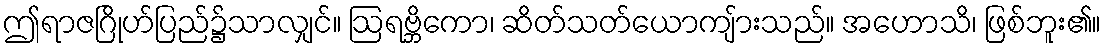
ဤရာဇဂြိုဟ်ပြည်၌သာလျှင်။ ဩရဗ္ဘိကော၊ ဆိတ်သတ်ယောကျ်ားသည်။ အဟောသိ၊ ဖြစ်ဘူး၏။